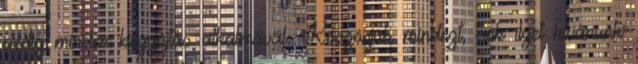
pedig minden begyújtás alkalmával. Köszönjük mindezt, sok ilyet kívánunk